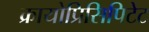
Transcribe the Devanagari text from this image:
क्रायोप्रिसिपिटेट